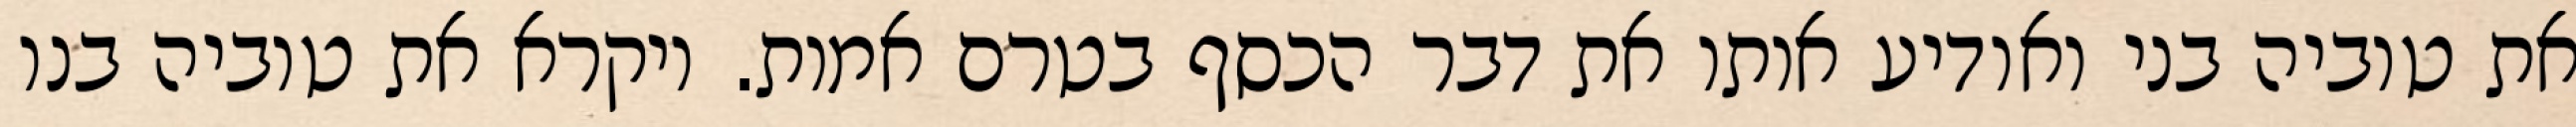
את טוביה בני ואודיע אותו את דבר הכסף בטרם אמות. ויקרא את טוביה בנו